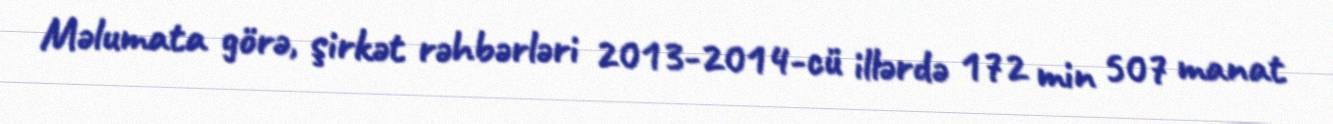
Məlumata görə, şirkət rəhbərləri 2013-2014-cü illərdə 172 min 507 manat